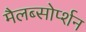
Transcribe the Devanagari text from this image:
मैलब्सोर्प्शन